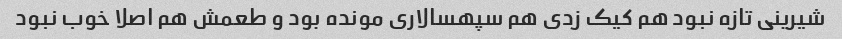
شیرینی تازه نبود هم کیک زدی هم سپهسالاری مونده بود و طعمش هم اصلا خوب نبود